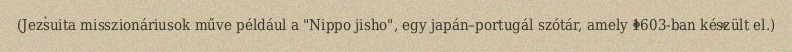
(Jezsuita misszionáriusok műve például a "Nippo jisho", egy japán–portugál szótár, amely 1603-ban készült el.)